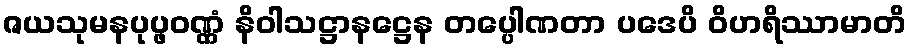
ဇယသုမနပုပ္ဖဝဏ္ဏံ နိဝါသဋ္ဌာနဋ္ဌေန တပ္ပေါဏတာ ပဒေပိ ဝိဟရိဿာမာတိ